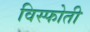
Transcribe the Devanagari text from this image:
विस्फोती